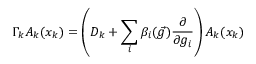
\Gamma _ { k } A _ { k } ( x _ { k } ) = \left( D _ { k } + \sum _ { i } \beta _ { i } ( \vec { g } ) \frac { \partial } { \partial g _ { i } } \right) A _ { k } ( x _ { k } )